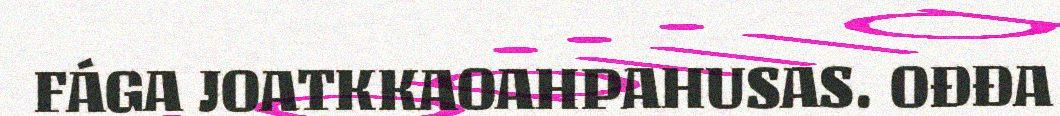
FÁGA JOATKKAOAHPAHUSAS. OĐĐA